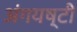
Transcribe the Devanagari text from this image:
अंगयष्टी